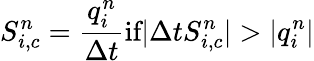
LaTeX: S_{i,c}^{n}=\frac{q_{i}^{n}}{\Delta t}\textrm{if}|\Delta tS_{i,c}^{n}|>|q_{i}^{n}|